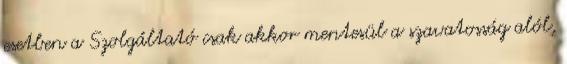
esetben a Szolgáltató csak akkor mentesül a szavatosság alól,